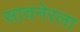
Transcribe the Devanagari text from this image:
सावनेरला